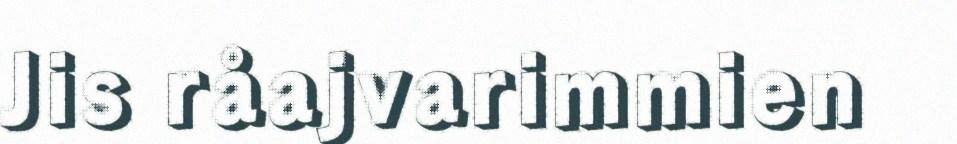
Jis råajvarimmien